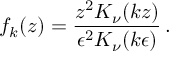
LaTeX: f _ { k } ( z ) = { \frac { z ^ { 2 } K _ { \nu } ( k z ) } { \epsilon ^ { 2 } K _ { \nu } ( k \epsilon ) } } \, .